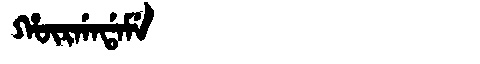
Manchu: ᡥᡡᡵᡤᠠᡩᠠᠮᡝ
Romanization: HŪRGADAME